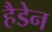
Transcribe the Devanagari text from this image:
हैडेन